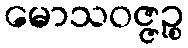
မောသဝဇ္ဇဉ္စ